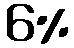
6%